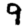
Digit: 9